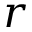
r